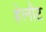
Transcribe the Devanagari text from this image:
हेलौट